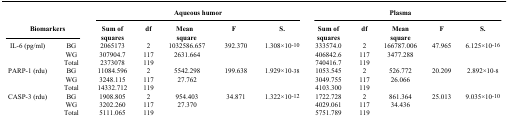
<table><thead><tr><td rowspan="2" colspan="2"><b>Biomarkers</b></td><td colspan="5"><b>Aqueous humor</b></td><td colspan="5"><b>Plasma</b></td></tr><tr><td><b>Sum of squares</b></td><td><b>df</b></td><td><b>Mean square</b></td><td><b>F</b></td><td><b>S.</b></td><td><b>Sum of squares</b></td><td><b>df</b></td><td><b>Mean square</b></td><td><b>F</b></td><td><b>S.</b></td></tr></thead><tbody><tr><td>IL-6 (pg/ml)</td><td>BG</td><td>2065173</td><td>2</td><td>1032586.657</td><td>392.370</td><td>1.308×10<sup>-10</sup></td><td>333574.0</td><td>2</td><td>166787.006</td><td>47.965</td><td>6.125×10<sup>-16</sup></td></tr><tr><td> </td><td>WG</td><td>307904.7</td><td>117</td><td>2631.664</td><td> </td><td> </td><td>406842.6</td><td>117</td><td>3477.288</td><td> </td><td> </td></tr><tr><td> </td><td>Total</td><td>2373078</td><td>119</td><td> </td><td> </td><td> </td><td>740416.7</td><td>119</td><td> </td><td> </td><td> </td></tr><tr><td>PARP-1 (rdu)</td><td>BG</td><td>11084.596</td><td>2</td><td>5542.298</td><td>199.638</td><td>1.929×10<sup>-38</sup></td><td>1053.545</td><td>2</td><td>526.772</td><td>20.209</td><td>2.892×10<sup>-8</sup></td></tr><tr><td> </td><td>WG</td><td>3248.115</td><td>117</td><td>27.762</td><td> </td><td> </td><td>3049.755</td><td>117</td><td>26.066</td><td> </td><td> </td></tr><tr><td> </td><td>Total</td><td>14332.712</td><td>119</td><td> </td><td> </td><td> </td><td>4103.300</td><td>119</td><td> </td><td> </td><td> </td></tr><tr><td>CASP-3 (rdu)</td><td>BG</td><td>1908.805</td><td>2</td><td>954.403</td><td>34.871</td><td>1.322×10<sup>-12</sup></td><td>1722.728</td><td>2</td><td>861.364</td><td>25.013</td><td>9.035×10<sup>-10</sup></td></tr><tr><td> </td><td>WG</td><td>3202.260</td><td>117</td><td>27.370</td><td> </td><td> </td><td>4029.061</td><td>117</td><td>34.436</td><td> </td><td> </td></tr><tr><td> </td><td>Total</td><td>5111.065</td><td>119</td><td> </td><td> </td><td> </td><td>5751.789</td><td>119</td><td> </td><td> </td><td> </td></tr></tbody></table>